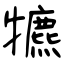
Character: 犥